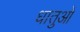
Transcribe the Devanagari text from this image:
धातुआें